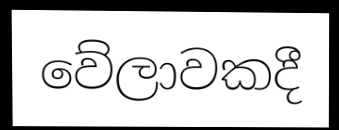
වේලාවකදී